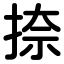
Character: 捺